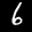
Label: 6